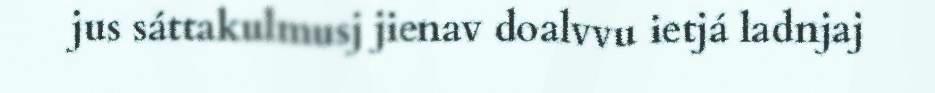
jus sáttakulmusj jienav doalvvu ietjá ladnjaj